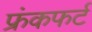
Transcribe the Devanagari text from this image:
फ्रंकफर्ट